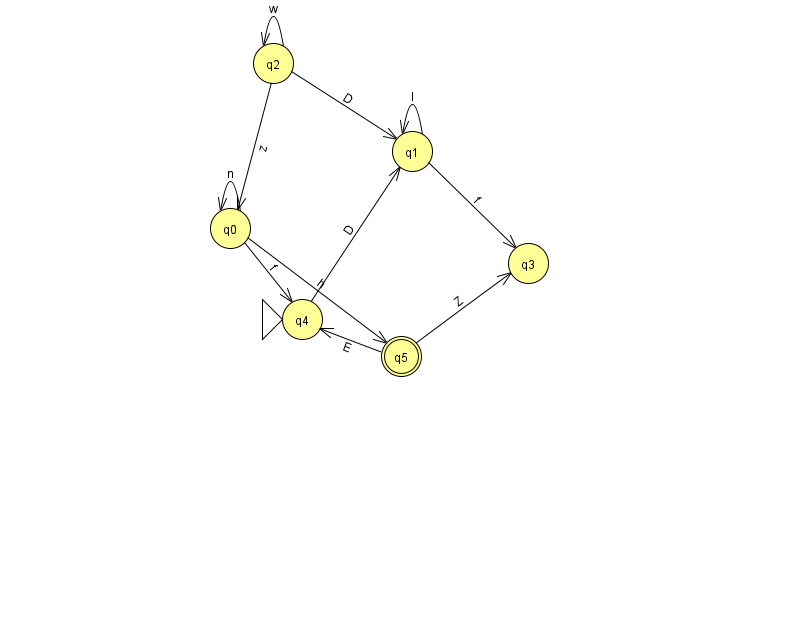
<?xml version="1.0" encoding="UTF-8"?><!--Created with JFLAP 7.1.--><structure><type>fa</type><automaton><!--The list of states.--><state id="0" name="q0"><x>230.0</x><y>215.0</y></state><state id="1" name="q1"><x>412.0</x><y>138.0</y></state><state id="2" name="q2"><x>273.0</x><y>50.0</y></state><state id="3" name="q3"><x>528.0</x><y>250.0</y></state><state id="4" name="q4"><x>302.0</x><y>306.0</y><initial/></state><state id="5" name="q5"><x>401.0</x><y>343.0</y><final/></state><!--The list of transitions.--><transition><from>2</from><to>1</to><read>D</read></transition><transition><from>0</from><to>4</to><read>f</read></transition><transition><from>1</from><to>3</to><read>f</read></transition><transition><from>5</from><to>4</to><read>E</read></transition><transition><from>4</from><to>1</to><read>D</read></transition><transition><from>2</from><to>2</to><read>w</read></transition><transition><from>2</from><to>0</to><read>z</read></transition><transition><from>5</from><to>3</to><read>Z</read></transition><transition><from>1</from><to>1</to><read>l</read></transition><transition><from>0</from><to>5</to><read>h</read></transition><transition><from>0</from><to>0</to><read>n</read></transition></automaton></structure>